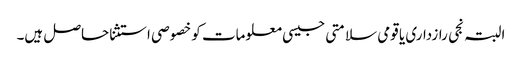
البتہ نجی رازداری یا قومی سلامتی جیسی معلومات کو خصوصی استثنا حاصل ہیں۔